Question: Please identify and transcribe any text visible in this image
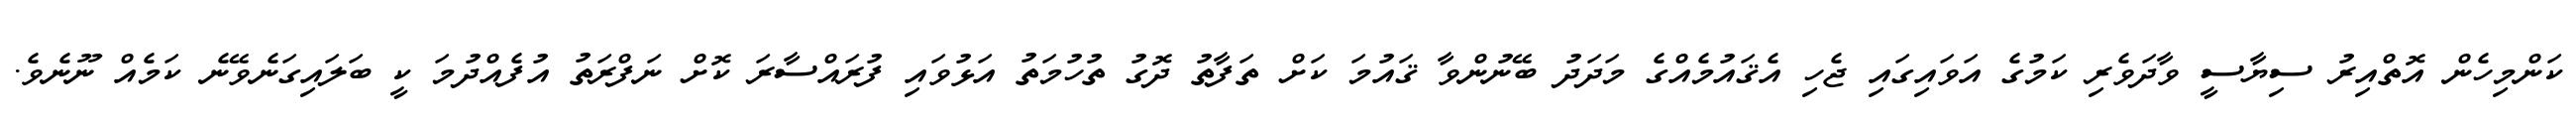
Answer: ކަންމިހެން އޮތްއިރު ސިޔާސީ ވާދަވެރި ކަމުގެ އަވައިގައި ޖެހި އެޤައުމެއްގެ މަދަދު ބޭނުންވާ ޤައުމަ ކަށް ތަފާތު ދޮގު ތުހުމަތު އަޅުވައި ފުރައްސާރަ ކޮށް ނަފްރަތު އުފެއްދުމަ ކީ ބަލައިގަނެވޭނެ ކަމެއް ނޫނެވެ.